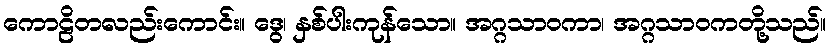
ကောဠိတလည်းကောင်း။ ဒွေ၊ နှစ်ပါးကုန်သော။ အဂ္ဂသာဝကာ၊ အဂ္ဂသာဝကတို့သည်။